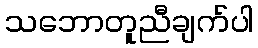
သဘောတူညီချက်ပါ